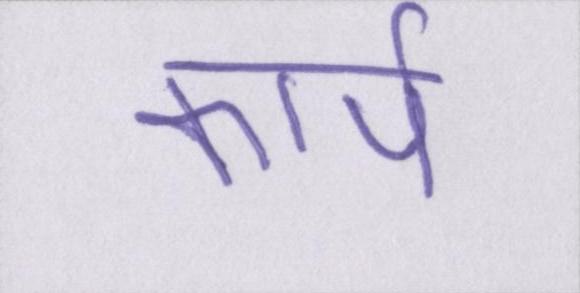
कार्प